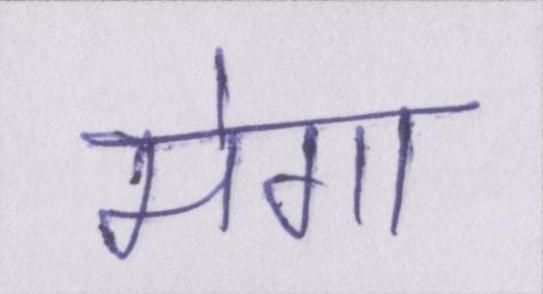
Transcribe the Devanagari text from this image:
मेगा